Plague in India, 1896, 1897 - Volume 3
Year: 1896
Disease focus: Plague
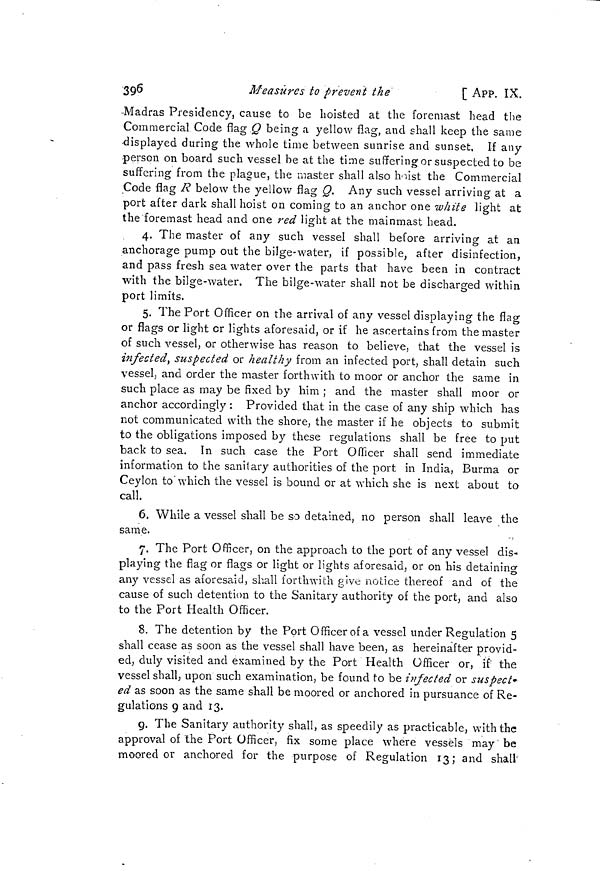
396
Measures to prevent the
[ APP. IX.
-Madras Presidency, cause to be hoisted at the foremast head the
Commercial Code flag Q being a yellow flag, and shall keep the same
•displayed during the whole time between sunrise and sunset, If any
-person on board such vessel be at the time suffering or suspected to be
suffering from the plague, the master shall also hoist the Commercial
Code flag R below the yellow flag Q. Any such vessel arriving at a
port after dark shall hoist on coming to an anchor one white light at
the foremast head and one red light at the mainmast head.
4. The master of any such vessel shall before arriving at an
anchorage pump out the bilge-water, if possible, after disinfection,
and pass fresh sea water over the parts that have been in contract
with the bilge-water. The bilge-water shall not be discharged within
port limits.
5. The Port Officer on the arrival of any vessel displaying the flag
or flags or light cr lights aforesaid, or if he ascertains from the master
of such vessel, or otherwise has reason to believe, that the vessel is
infected, suspected or healthy from an infected port, shall detain such
vessel, and order the master forthwith to moor or anchor the same in
such place as may be fixed by him ; and the master shall moor or
anchor accordingly : Provided that in the case of any ship which has
not communicated with the shore, the master if he objects to submit
to the obligations imposed by these regulations shall be free to put
back to sea. In such case the Port Officer shall send immediate
information to the sanitary authorities of the port in India, Burma or
Ceylon to which the vessel is bound or at which she is next about to
call.
6. While a vessel shall be so detained, no person shall leave the
same.
7. The Port Officer, on the approach to the port of any vessel dis-
playing the flag or flags or light or lights aforesaid, or on his detaining
any vessel as aforesaid, shall forthwith give notice thereof and of the
cause of such detention to the Sanitary authority of the port, and also
to the Port Health Officer.
8. The detention by the Port Officer of a vessel under Regulation 5
shall cease as soon as the vessel shall have been, as hereinafter provid-
ed, duly visited and examined by the Port Health Officer or, if the
vessel shall, upon such examination, be found to be infected or suspect-
ed as soon as the same shall be moored or anchored in pursuance of Re-
gulations 9 and 13.
9. The Sanitary authority shall, as speedily as practicable, with the
approval of the Port Officer, fix some place where vessels may be
moored or anchored for the purpose of Regulation 13; and shall'